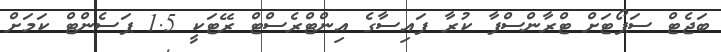
ބަޖެޓް ސަޕޯޓަށް ޓްރާންސްފާ ކުރާ ފައިސާގެ އިންޓްރެސްޓް ރޭޓަކީ 1.5 ޕަސެންޓް ކަމަށް